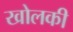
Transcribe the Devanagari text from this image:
खोलकी